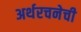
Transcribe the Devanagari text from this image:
अर्थरचनेची